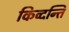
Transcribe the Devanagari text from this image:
किव्दन्ति